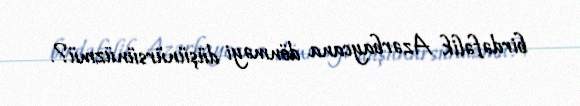
birdəfəlik Azərbaycana dönməyi düşünürsünüzmü?.